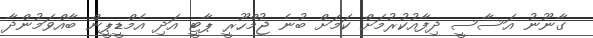
ގާނޫނު އަސާސީ ދިފާއުކުރުމަށް ކަމަށް ބުނެ ޖުމްހޫރީ ޕާޓީ އަދި އެމްޑީޕީން ބާއްވަމުންދާ